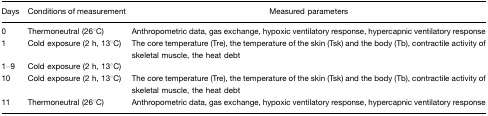
<table><thead><tr><td><b>Days</b></td><td><b>Conditions of measurement</b></td><td><b>Measured parameters</b></td></tr></thead><tbody><tr><td>0</td><td>Thermoneutral (26°C)</td><td>Anthropometric data, gas exchange, hypoxic ventilatory response, hypercapnic ventilatory response</td></tr><tr><td>1</td><td>Cold exposure (2 h, 13°C)</td><td>The core temperature (Tre), the temperature of the skin (Tsk) and the body (Tb), contractile activity of skeletal muscle, the heat debt</td></tr><tr><td>1–9</td><td>Cold exposure (2 h, 13°C)</td><td></td></tr><tr><td>10</td><td>Cold exposure (2 h, 13°C)</td><td>The core temperature (Tre), the temperature of the skin (Tsk) and the body (Tb), contractile activity of skeletal muscle, the heat debt</td></tr><tr><td>11</td><td>Thermoneutral (26°C)</td><td>Anthropometric data, gas exchange, hypoxic ventilatory response, hypercapnic ventilatory response</td></tr></tbody></table>